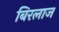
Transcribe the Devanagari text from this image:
बिरलाज